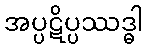
အပ္ပဋိပ္ပဿဒ္ဓါ